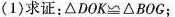
(1)求证：\triangle DOK \cong \triangle BOG；